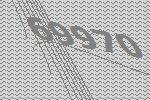
69970